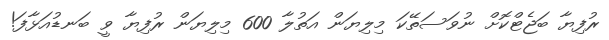
ރުފިޔާ ބަޖެޓްކޮށް ނުވަސަތޭކަ މިލިޔަން އަތުލާ 600 މިލިޔަން ރުފިޔާ ވީ ބަނޑުއަޅާފަ!